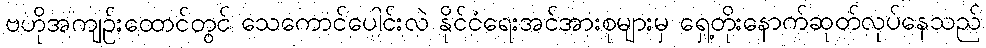
ဗဟိုအကျဉ်းထောင်တွင် သေကောင်ပေါင်းလဲ နိုင်ငံရေးအင်အားစုများမှ ရှေ့တိုးနောက်ဆုတ်လုပ်နေသည်